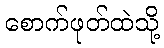
စောက်ဖုတ်ထဲသို့